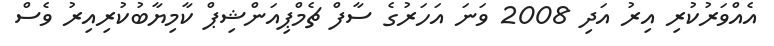
އެއްވަރުކުރި އިރު އަދި 2008 ވަނަ އަހަރުގެ ސާފް ޗެމްޕިއަންޝިޕް ކާމިޔާބުކުރިއިރު ވެސް